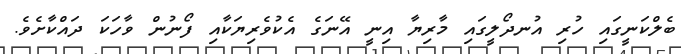
ބެލްކަނީގައި ހުރި އުނދޯލީގައި މާރިޔާ އިނީ އޭނަގެ އެކުވެރިޔަކާއި ފޯނުން ވާހަކަ ދައްކާށެވެ.